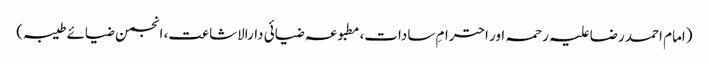
(امام احمد رضا علیہ رحمہ اور احترامِ سادات، مطبوعہ ضیائی دارالاشاعت، انجمن ضیائے طیبہ)